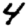
Digit: 4